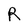
Character: R